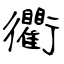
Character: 衢